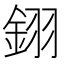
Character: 𨦫